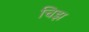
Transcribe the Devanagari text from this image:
चिझ